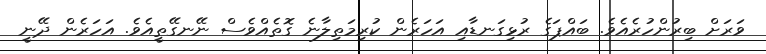
ވަރަށް ބިރުންހުރެއެވެ. ބައްޕަގެ ރުޅިގަނޑާއި އަހަރެން ކުރިމަތިލާނެ ގޮތެއްވެސް ނޭނގޭތީއެވެ. އަހަރެން ދޭނީ